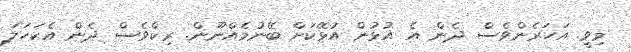
މިވީ. އަހަރެންވެސް ދެން އެ އުޅުން އުޅޭކަށް ބޭނުމެއްނޫން. ރިކްވެސް ދެން އެކަހަލަ